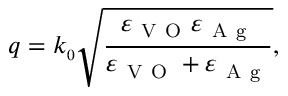
q = k _ { \scriptscriptstyle 0 } \sqrt { \frac { \varepsilon _ { \mathrm { ~ V ~ O ~ } } \varepsilon _ { \mathrm { ~ A ~ g ~ } } } { \varepsilon _ { \mathrm { ~ V ~ O ~ } } + \varepsilon _ { \mathrm { ~ A ~ g ~ } } } } ,